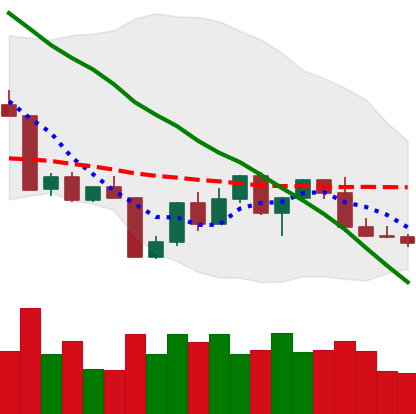
Ticker: LTC-USD
Chart end date: 2022-04-24
Forward return: -4.057%
Label: down_3_5